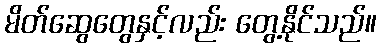
မိတ်ဆွေတွေနှင့်လည်း တွေ့နိုင်သည်။